King Institute of Preventive Medicine Micro-Biological Section reports 1912-19
Year: 1912
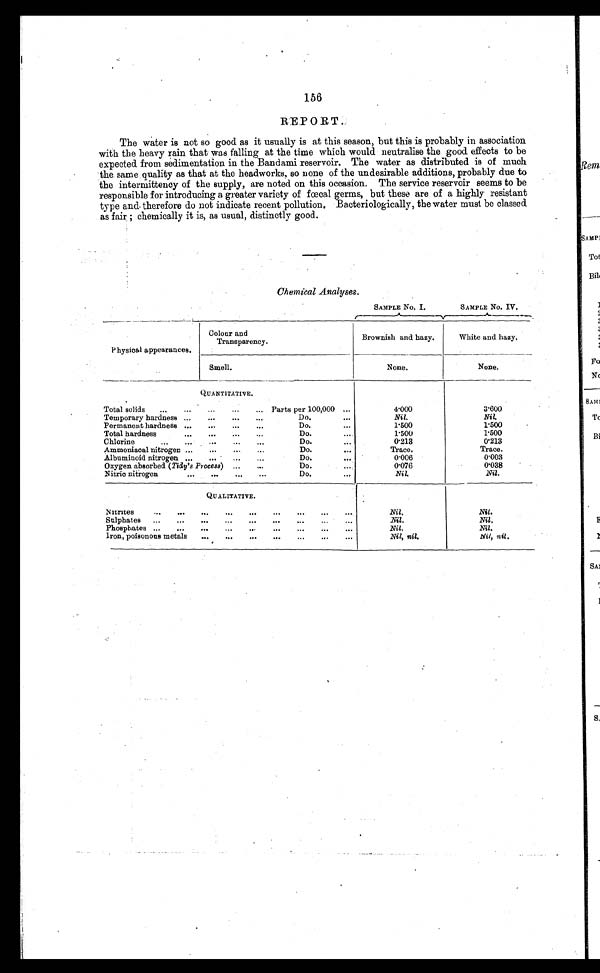
156
REPORT.
The water is not so good as it usually is at this season, but this is probably in association
with the heavy rain that was falling at the time which would neutralise the good. effects to be
expected from sedimentation in the Bandami reservoir. The water as distributed is of much
the same quality as that at the headworks, so none of the undesirable additions, probably due to
the intermittency of the supply, are noted on this occasion. The service reservoir seems to be
responsible for introducing a greater variety of fœcal germs, but these are of a highly resistant
type and therefore do not indicate recent pollution. Bacteriologically, the water must be classed
as fair ; chemically it is, as usual, distinctly good.
Chemical Analyses.
Physical appearances.
Colour and
Transparency.
SAMPLE No. I.
SAMPLE No. I V
Brownish and hazy.
Whited and. hazy.
Smell.
None.
None.
QUANTITATIVE.
Total solids
...
...
...
... Parts per 100,000
4.000
3.600
Temporary hardness ...
...
...
..
Do.
...
Nil.
Nil.
Permanent hardness ...
...
...
...
Do.
...
1 . 5 0 0
1 . 5 0 0
Total hardness
...
..
...
Do.
....
1 . 5 0 0
1 . 5 0 0
Chlorine...
...
...
...
Do.
...
0.213
0.213
Ammoniacal nitrogen ...
...
Do.
..
Trace,
Trace.
Albuminoid nitrogen
. . . . . . .
Do.
0.006
0.003
Oxygen absorbed (Tidy's Process) ...
...
Do.
..
0.076
0.038
Nitric nitrogen
...
...
...
...
Do.
...
Nil.
Nil .
QUALITATIVE.
Nitrites
...
...
...
.....
...
...
...
...
Nil .
Nil.
Sulphates
...
...
..
...
..
...
...
Nil .
Nil .
Phosphates ...
...
...
...
...
...
...
...
Nil .
Nil.
Iron, poisonous metals
...
...
...
...
...
...
Nil, nil.
Nil, nil .